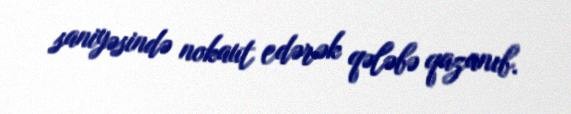
saniyəsində nokaut edərək qələbə qazanıb.